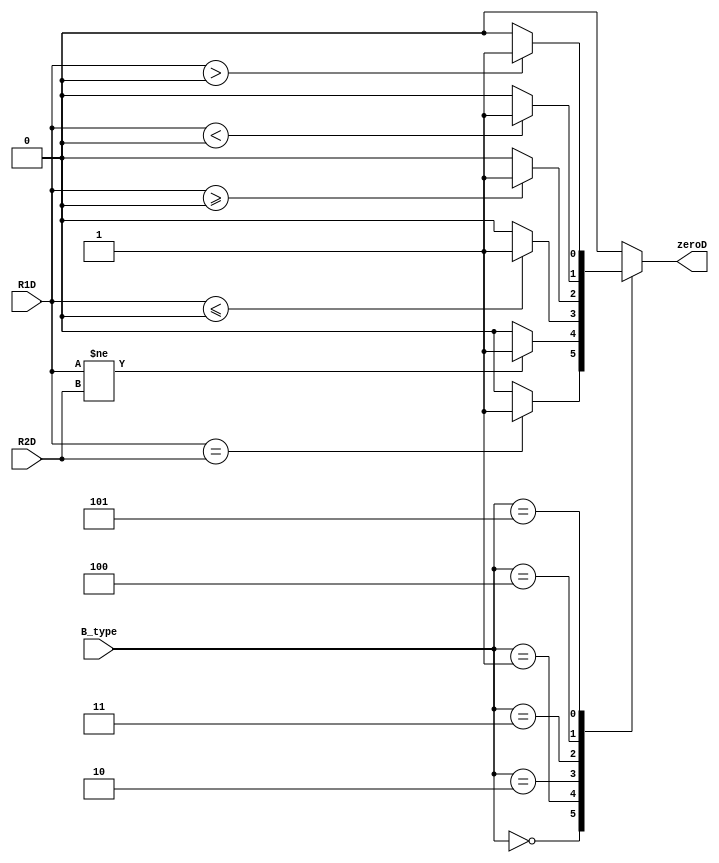
`timescale 1ns / 1ps
//////////////////////////////////////////////////////////////////////////////////
// Company: 
// Engineer: 
// 
// Design Name: 
// Module Name:    CMP 
// Project Name: 
// Target Devices: 
// Tool versions: 
// Description: 
//
// Dependencies: 
//
// Revision: 
// Revision 0.01 - File Created
// Additional Comments: 
//
//////////////////////////////////////////////////////////////////////////////////
module CMP(
	input [31:0] R1D,
	input	[31:0] R2D,
	input [2:0] B_type,
	output reg zeroD
    );
	 
	 always @* begin
		case(B_type)
			3'd0: zeroD = (R1D == R2D)? 1'b1: 1'b0;						// beq
			3'd1: zeroD = (R1D != R2D)? 1'b1: 1'b0;						// bne
			3'd2:	begin																// blez
				if($signed(R1D) <= $signed(0)) zeroD = 1'b1;
				else zeroD = 1'b0;
				//zeroD = ($signed(R1D) <= $signed(0))? 1'b1: 1'b0;
			end
			3'd3:	begin																// bgez
				if($signed(R1D) >= $signed(0)) zeroD = 1'b1;
				else zeroD = 1'b0;
				//zeroD = ($signed(R1D) > $signed(0))? 1'b1: 1'b0;
			end
			3'd4:	begin 															// bltz
				if($signed(R1D) < $signed(0)) zeroD = 1'b1;
				else zeroD = 1'b0;
				//zeroD = ($signed(R1D) < $signed(0))? 1'b1: 1'b0;
			end
			3'd5:	begin																// bgtz
				if($signed(R1D) > $signed(0)) zeroD = 1'b1;
				else zeroD = 1'b0;
				//zeroD = ($signed(R1D) >= $signed(0))? 1'b1: 1'b0;
			end
			default: zeroD = 1'b0;
		endcase
	 end

endmodule

	 /*
	 // Branch
	assign 	beq 		= 	(Opcode == 6'b000100)? 1'b1: 1'b0;
	assign 	bne 		= 	(Opcode == 6'b000101)? 1'b1: 1'b0;
	assign 	blez 		= 	(Opcode == 6'b000110)? 1'b1: 1'b0;
	assign 	bgtz 		= 	(Opcode == 6'b000111)? 1'b1: 1'b0;
	assign 	bltz 		= 	(Opcode == 6'b000001 && RtD == 5'd0)? 1'b1: 1'b0;
	assign 	bgez 		= 	(Opcode == 6'b000001 && RtD == 5'd1)? 1'b1: 1'b0;
	 */